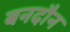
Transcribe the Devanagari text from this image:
बनदौन